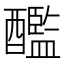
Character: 𨣨